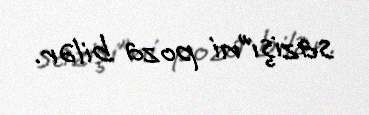
sazişi”ni poza bilər.